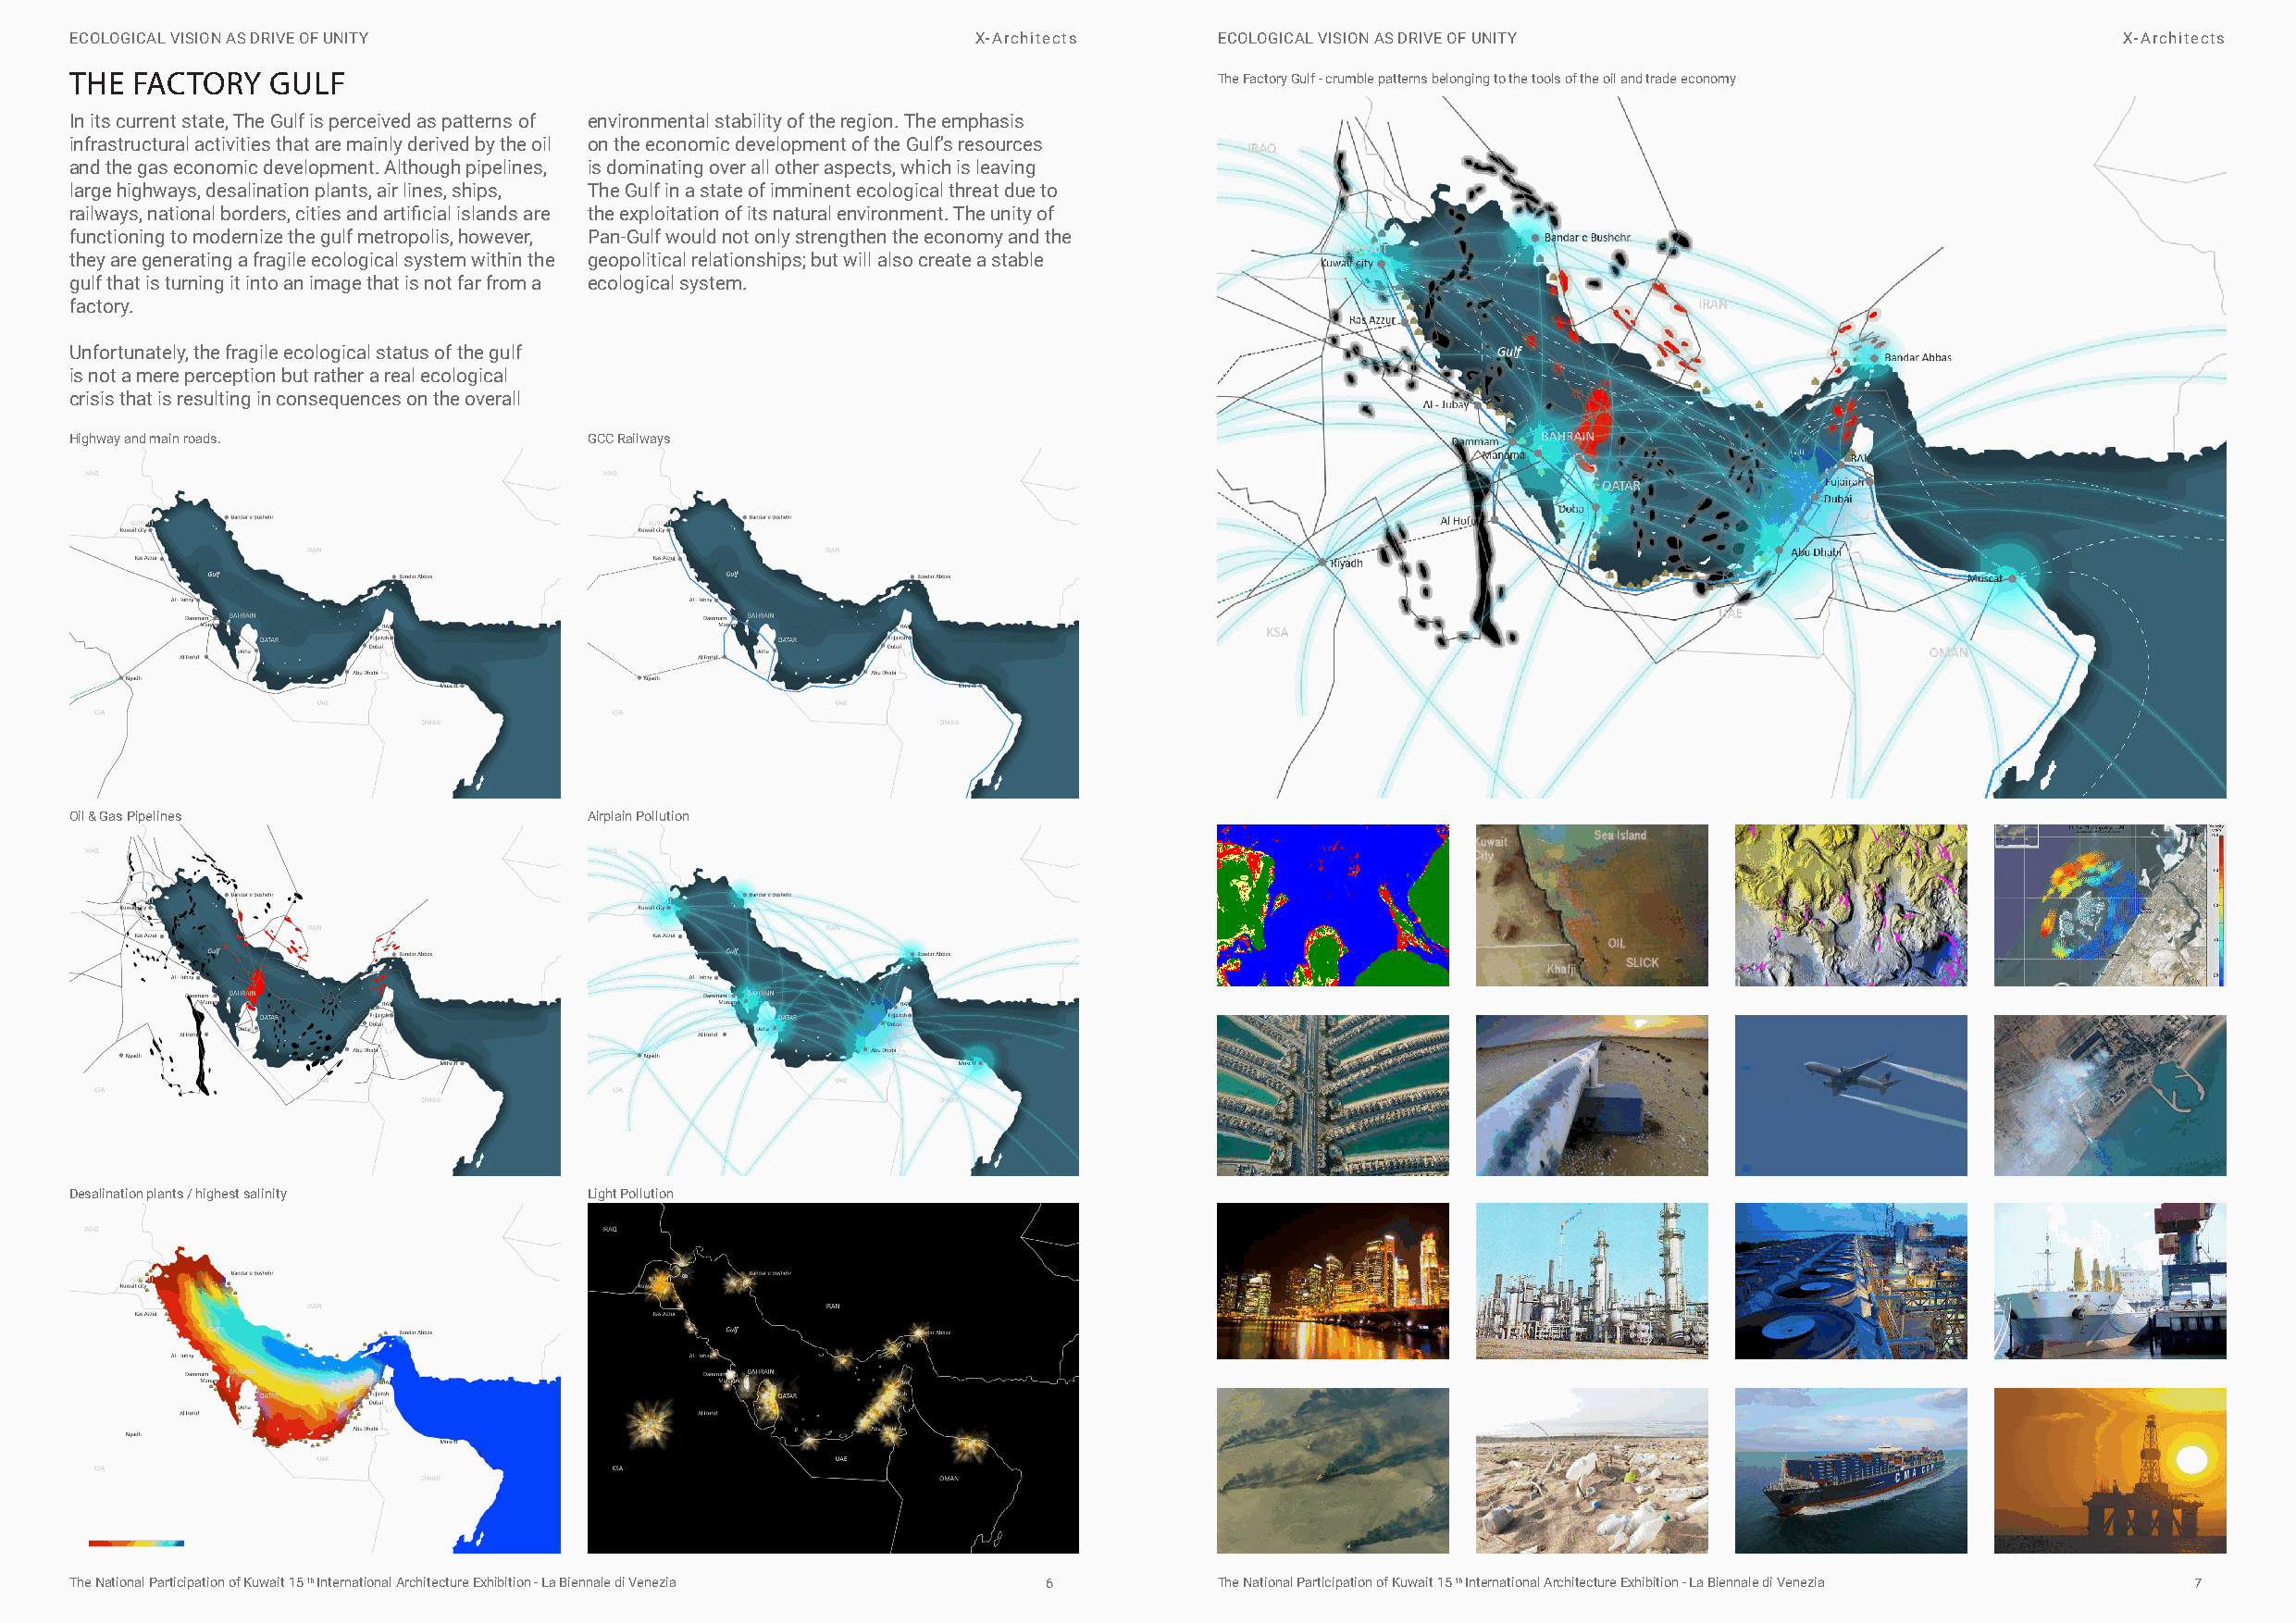
ECOLOGICAL VISION AS DRIVE OF UNITY                              X-Architects     ECOLOGICAL VISION AS DRIVE OF UNITY                              X-Architects
 THE FACTORY   GULF                                                                The Factory Gulf - crumble patterns belonging to the tools of the oil and trade economy
 In its current state, The Gulf is perceived as patterns of environmental stability of the region. The emphasis
 infrastructural activities that are mainly derived by the oil on the economic development of the Gulf’s resources
 and the gas economic development. Although pipelines, is dominating over all other aspects, which is leaving
 large highways, desalination plants, air lines, ships, The Gulf in a state of imminent ecological threat due to
 railways, national borders, cities and artificial islands are the exploitation of its natural environment. The unity of
 functioning to modernize the gulf metropolis, however, Pan-Gulf would not only strengthen the economy and the
 they are generating a fragile ecological system within the geopolitical relationships; but will also create a stable
 gulf that is turning it into an image that is not far from a ecological system.
 factory.
 Unfortunately, the fragile ecological status of the gulf
 is not a mere perception but rather a real ecological
 crisis that is resulting in consequences on the overall
 Highway and main roads.              GCC Railways
 Oil & Gas Pipelines                  Airplain Pollution
 Desalination plants / highest salinity Light Pollution
 MAX   MIN
 The National Participation of Kuwait 15 th International Architecture Exhibition - La Biennale di Venezia 6 The National Participation of Kuwait 15 th International Architecture Exhibition - La Biennale di Venezia 7